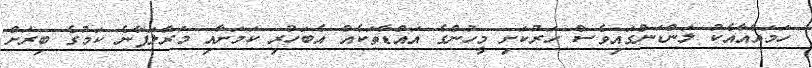
ހަމައެއާއެކު ލަންޑަންގައިވެސް ހަރުކަށި މީހުންގެ އައްޑާތަކެއް އެބަހުރި ކަމަށާއި މަރާލަފާނެ ކަމުގެ ބިރަށް